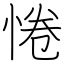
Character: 惓